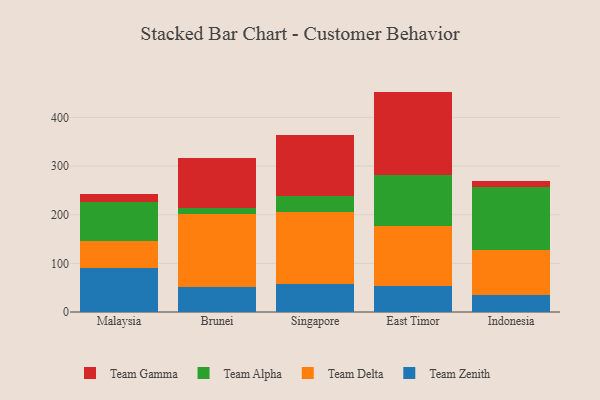
{"axis": {"x": "Country", "y": "Energy Usage (MWh)"}, "legend": ["Team Alpha", "Team Delta", "Team Gamma", "Team Zenith"], "data": [{"x": "Malaysia", "y": 91.1, "type": "Team Zenith"}, {"x": "Malaysia", "y": 54.7, "type": "Team Delta"}, {"x": "Malaysia", "y": 79.8, "type": "Team Alpha"}, {"x": "Malaysia", "y": 17.1, "type": "Team Gamma"}, {"x": "Brunei", "y": 51.3, "type": "Team Zenith"}, {"x": "Brunei", "y": 149.8, "type": "Team Delta"}, {"x": "Brunei", "y": 12.3, "type": "Team Alpha"}, {"x": "Brunei", "y": 103.3, "type": "Team Gamma"}, {"x": "Singapore", "y": 58.1, "type": "Team Zenith"}, {"x": "Singapore", "y": 147.1, "type": "Team Delta"}, {"x": "Singapore", "y": 32.3, "type": "Team Alpha"}, {"x": "Singapore", "y": 125.5, "type": "Team Gamma"}, {"x": "East Timor", "y": 52.8, "type": "Team Zenith"}, {"x": "East Timor", "y": 124.4, "type": "Team Delta"}, {"x": "East Timor", "y": 105.2, "type": "Team Alpha"}, {"x": "East Timor", "y": 170.7, "type": "Team Gamma"}, {"x": "Indonesia", "y": 34.8, "type": "Team Zenith"}, {"x": "Indonesia", "y": 91.9, "type": "Team Delta"}, {"x": "Indonesia", "y": 131.2, "type": "Team Alpha"}, {"x": "Indonesia", "y": 12.3, "type": "Team Gamma"}]}